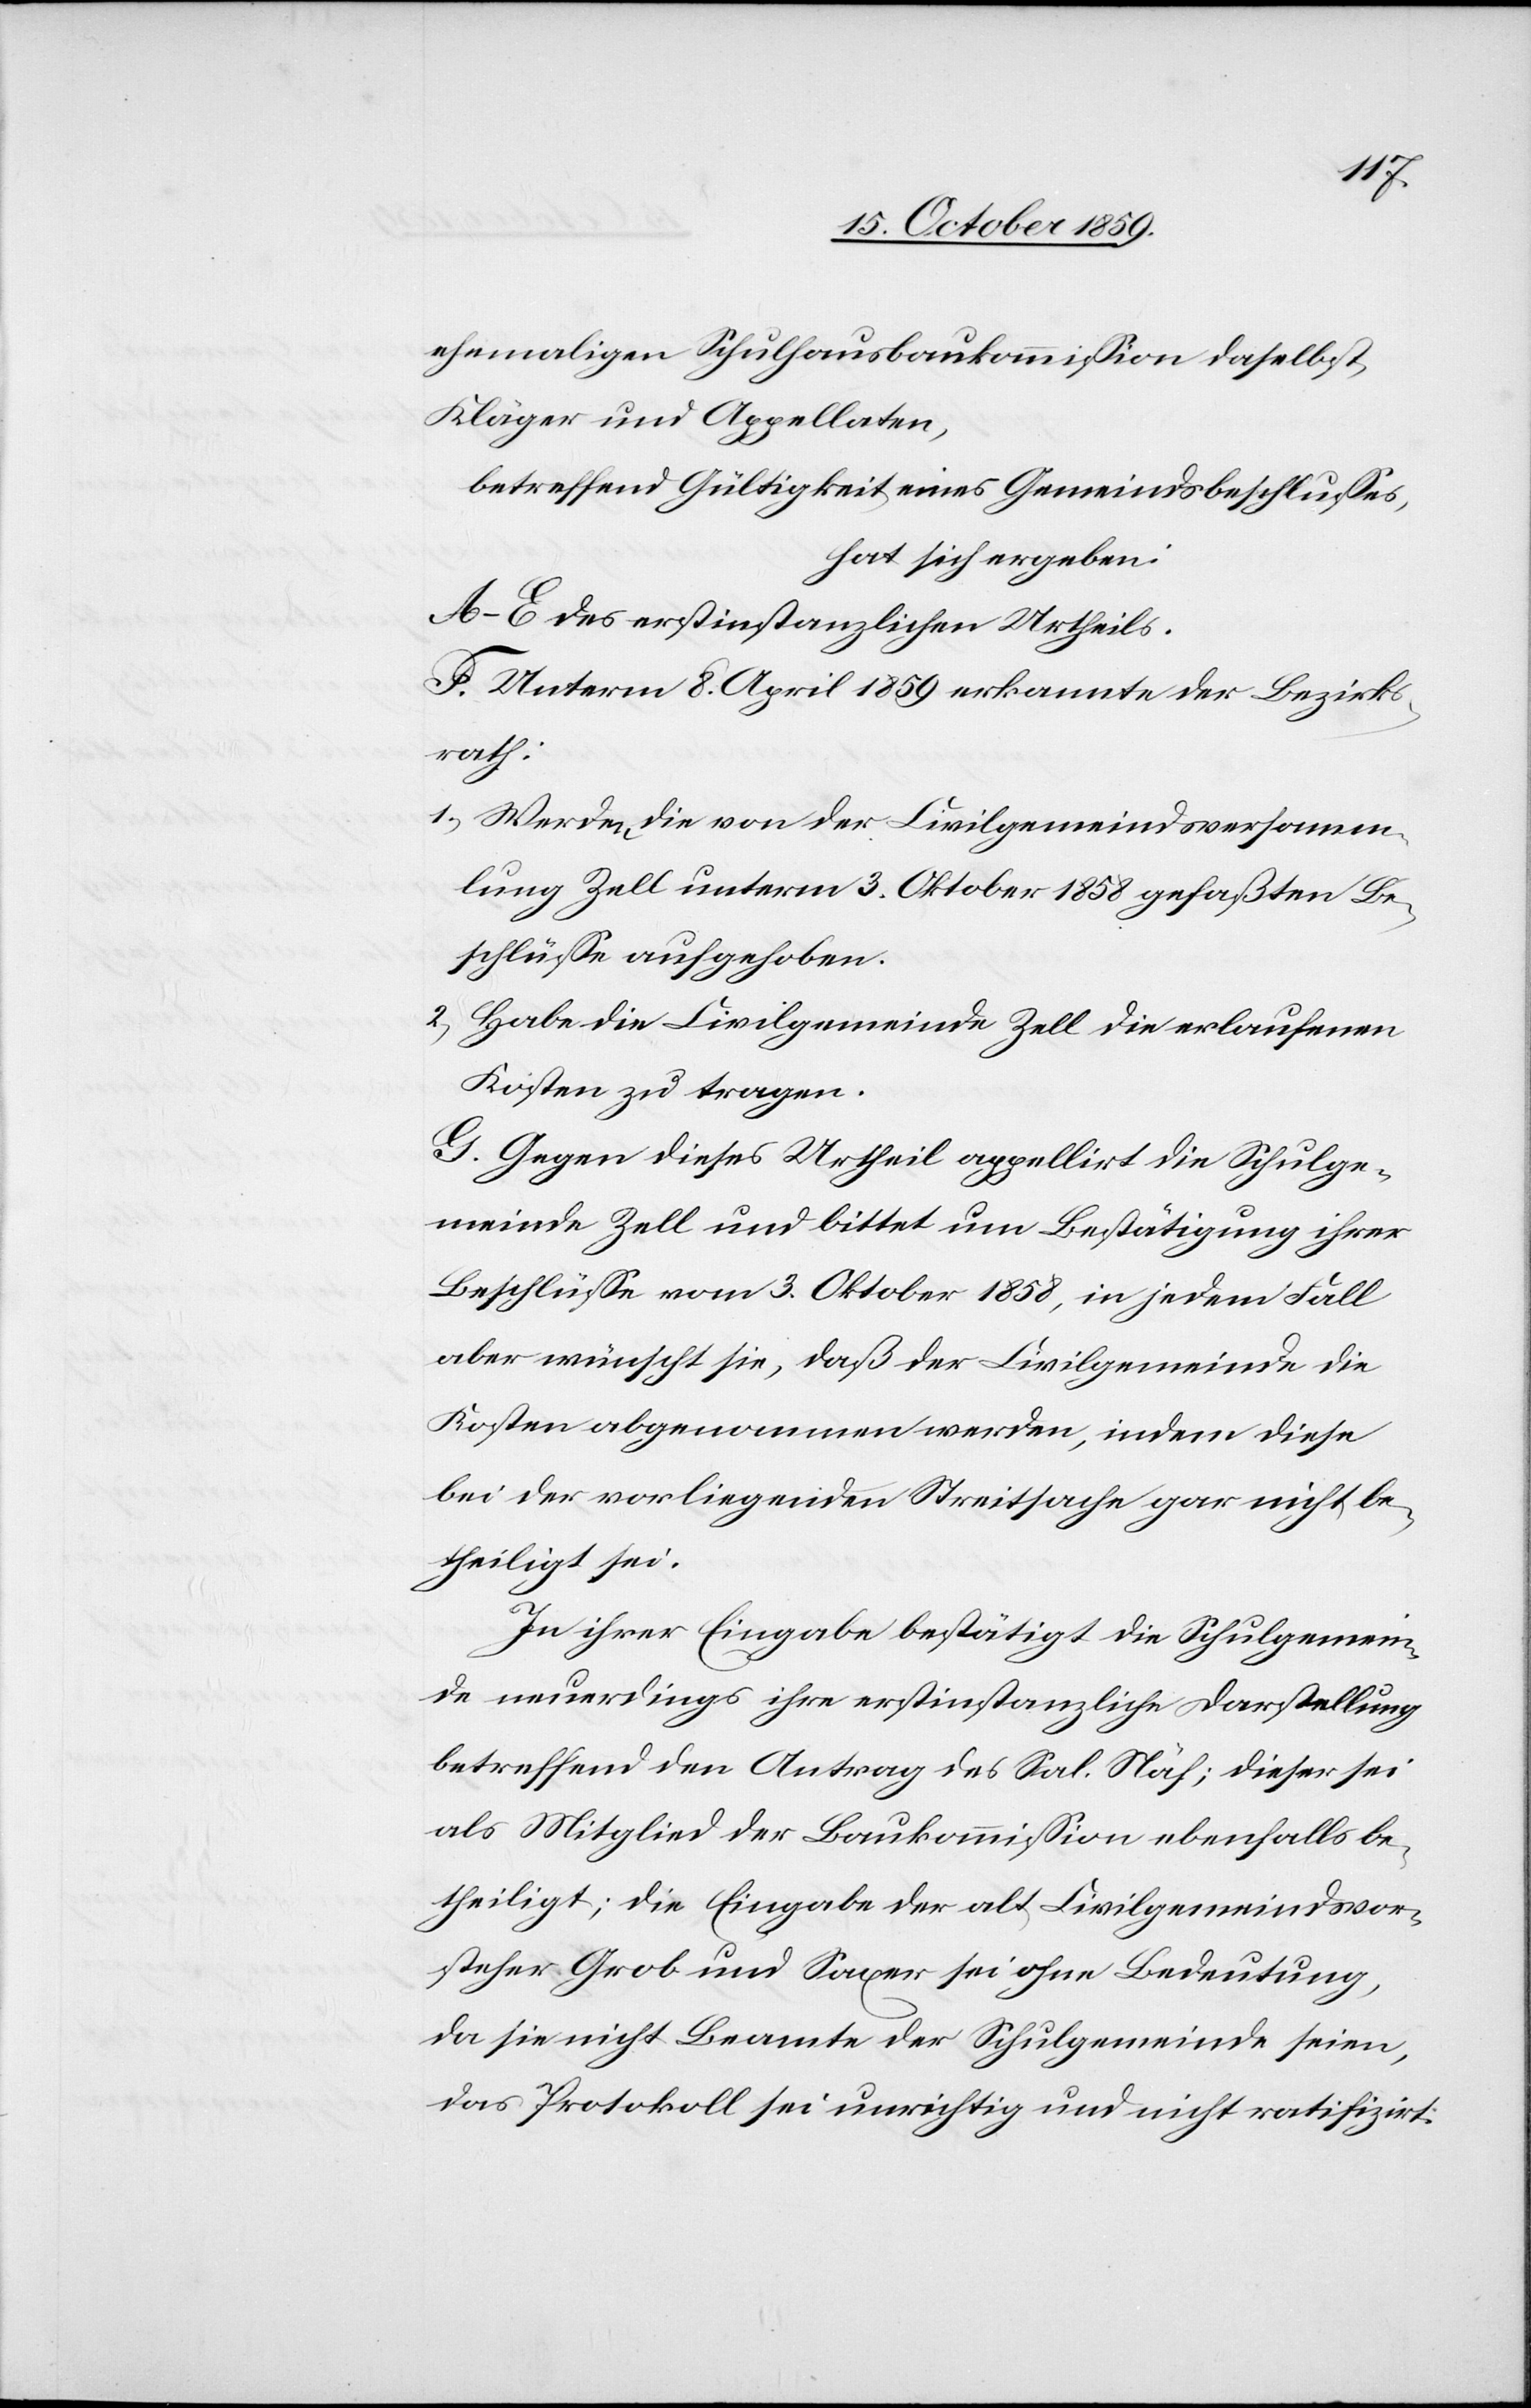
ehemaligen Schulhausbaukommission daselbst,
Kläger und Appellaten,
betreffend Gültigkeit eines Gemeindsbeschlusses,
hat sich ergeben:
A–E des erstinstanzlichen Urtheils.
F. Unterm 8. April 1859 erkannte der Bezirks¬
rath:
1) Werden die von der Civilgemeindsversamm¬
lung Zell unterm 3. Oktober 1858 gefaßten Be¬
schlüsse aufgehoben.
2) Habe die Civilgemeinde Zell die erlaufenen
Kosten zu tragen.
G. Gegen dieses Urtheil appellirt die Schulge¬
meinde Zell und bittet um Bestätigung ihrer
Beschlüsse vom 3. Oktober 1858, in jedem Fall
aber wünscht sie, daß der Civilgemeinde die
Kosten abgenommen werden, indem diese
bei der vorliegenden Streitsache gar nicht be¬
theiligt sei.
In ihrer Eingabe bestätigt die Schulgemein¬
de neuerdings ihre erstinstanzliche Darstellung
betreffend den Antrag des Sal. Näf; dieser sei
als Mitglied der Baukommission ebenfalls be¬
theiligt; die Eingabe der alt Civilgemeindsvor¬
steher Grob und Saxer sei ohne Bedeutung,
da sie nicht Beamte der Schulgemeinde seien,
das Protokoll sei unrichtig und nicht ratifizirt.